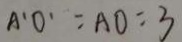
A ^ { \prime } O ^ { \prime } = A O = 3